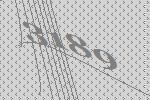
3189